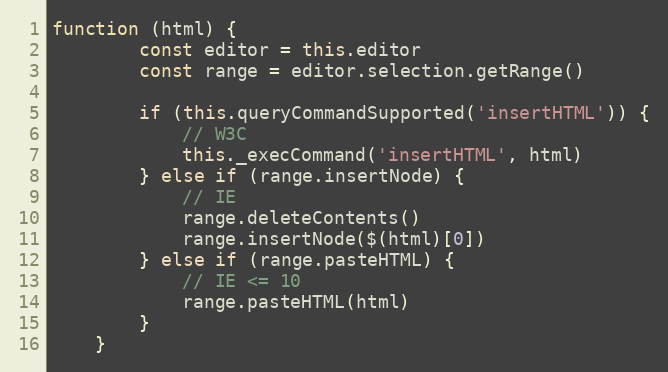
Language: JavaScript
function (html) {
        const editor = this.editor
        const range = editor.selection.getRange()

        if (this.queryCommandSupported('insertHTML')) {
            // W3C
            this._execCommand('insertHTML', html)
        } else if (range.insertNode) {
            // IE
            range.deleteContents()
            range.insertNode($(html)[0])
        } else if (range.pasteHTML) {
            // IE <= 10
            range.pasteHTML(html)
        }
    }